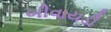
બીવાયડી